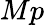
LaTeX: Mp